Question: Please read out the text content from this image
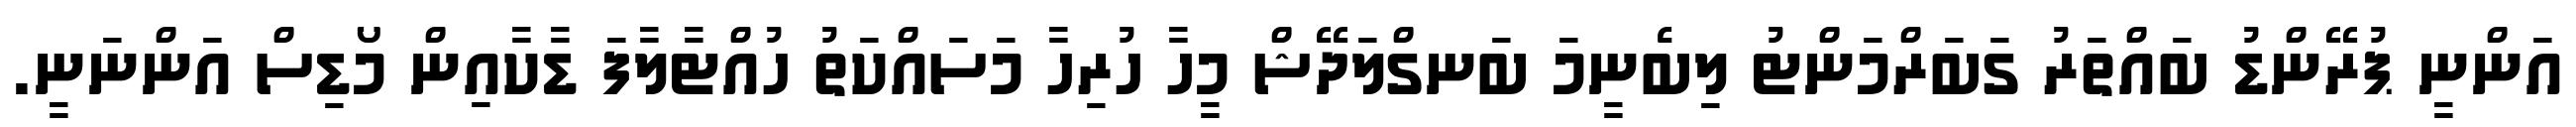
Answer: އަންނީ ޕުރޭންޑު ބައްތަރު ގަބަރްމަންޓު ލިބެނީމަ ބަނގްލަދޭޝް މީހާ ހުރިހާ މަސައްކަތު ހުއްޓާލާފަ ޑާކާއިން މޯޑިސް އަންނަނީ.